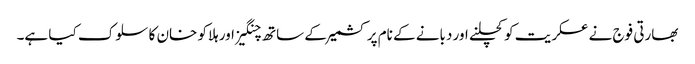
بھارتی فوج نے عسکریت کو کچلنے اور دبانے کے نام پر کشمیر کے ساتھ چنگیز اور ہلاکو خان کا سلوک کیا ہے۔